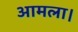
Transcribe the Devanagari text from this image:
आमला।